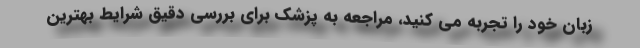
زبان خود را تجربه می کنید، مراجعه به پزشک برای بررسی دقیق شرایط بهترین